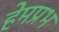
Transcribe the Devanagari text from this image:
हेमप्रभ